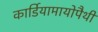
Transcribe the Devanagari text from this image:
कार्डियामायोपैथी